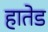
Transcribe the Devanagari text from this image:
हातेड